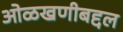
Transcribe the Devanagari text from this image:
ओळखणीबद्दल